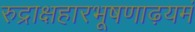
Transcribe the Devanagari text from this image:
रुद्राक्षहारभूषणाढ़यमं